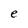
Character: e